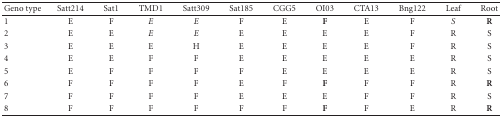
<table><thead><tr><td><b>Geno type</b></td><td><b>Satt214 </b></td><td><b>Sat1</b></td><td><b>TMD1</b></td><td><b>Satt309</b></td><td><b>Sat185</b></td><td><b>CGG5</b></td><td><b>OI03</b></td><td><b>CTA13</b></td><td><b>Bng122</b></td><td><b>Leaf</b></td><td><b>Root</b></td></tr></thead><tbody><tr><td>1</td><td>E</td><td>F</td><td><i>E</i></td><td><i>E</i></td><td>F</td><td>E</td><td><b>F</b></td><td>E</td><td>F</td><td><i>S</i></td><td><b>R</b></td></tr><tr><td>2</td><td>E</td><td>E</td><td><i>E</i></td><td><i>E</i></td><td>E</td><td>E</td><td>E</td><td>E</td><td>F</td><td>R</td><td>S</td></tr><tr><td>3</td><td>E</td><td>E</td><td>E</td><td>H</td><td>E</td><td>E</td><td>E</td><td>E</td><td>F</td><td>R</td><td>S</td></tr><tr><td>4</td><td>E</td><td>E</td><td>F</td><td>F</td><td>E</td><td>E</td><td>E</td><td>E</td><td>E</td><td>R</td><td>S</td></tr><tr><td>5</td><td>E</td><td>F</td><td>F</td><td>F</td><td>F</td><td>E</td><td>E</td><td>E</td><td>E</td><td>R</td><td>S</td></tr><tr><td>6</td><td>F</td><td>F</td><td>F</td><td>F</td><td>E</td><td>F</td><td><b>F</b></td><td>F</td><td>F</td><td>R</td><td><b>R</b></td></tr><tr><td>7</td><td>F</td><td>F</td><td>F</td><td>F</td><td>E</td><td>E</td><td>E</td><td>F</td><td>F</td><td>R</td><td>S</td></tr><tr><td>8</td><td>F</td><td>F</td><td>F</td><td>F</td><td>F</td><td>F</td><td><b>F</b></td><td>F</td><td>E</td><td>R</td><td><b>R</b></td></tr></tbody></table>